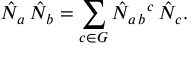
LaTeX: \hat { N } _ { a } \, \hat { N } _ { b } = \sum _ { c \in G } \hat { N } _ { a \, b } { } ^ { c } \, \hat { N } _ { c } .